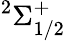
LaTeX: ^2\Sigma_{1/2}^{+}